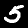
Label: 5